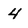
Character: 4